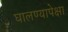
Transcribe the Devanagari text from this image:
घालण्यापेक्षा